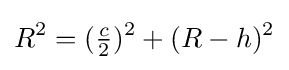
R^{2}=({\tfrac {c}{2}})^{2}+(R-h)^{2}